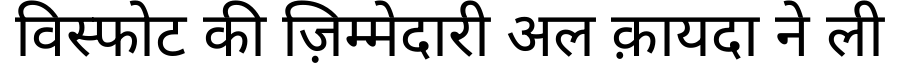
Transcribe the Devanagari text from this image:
विस्फोट की ज़िम्मेदारी अल क़ायदा ने ली